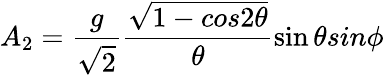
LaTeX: A_{2}=\frac{g}{\sqrt 2}\frac{\sqrt{1-cos2{\theta}}}{{\theta}}\sin{\theta}sin{\phi}